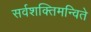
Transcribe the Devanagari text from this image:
सर्वशक्तिमन्विते